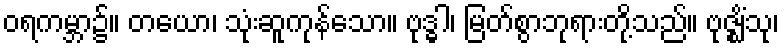
ဝရကမ္ဘာ၌။ တယော၊ သုံးဆူကုန်သော။ ဗုဒ္ဓါ၊ မြတ်စွာဘုရားတို့သည်။ ဗုဇ္ဈိံသု၊